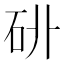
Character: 𥐫